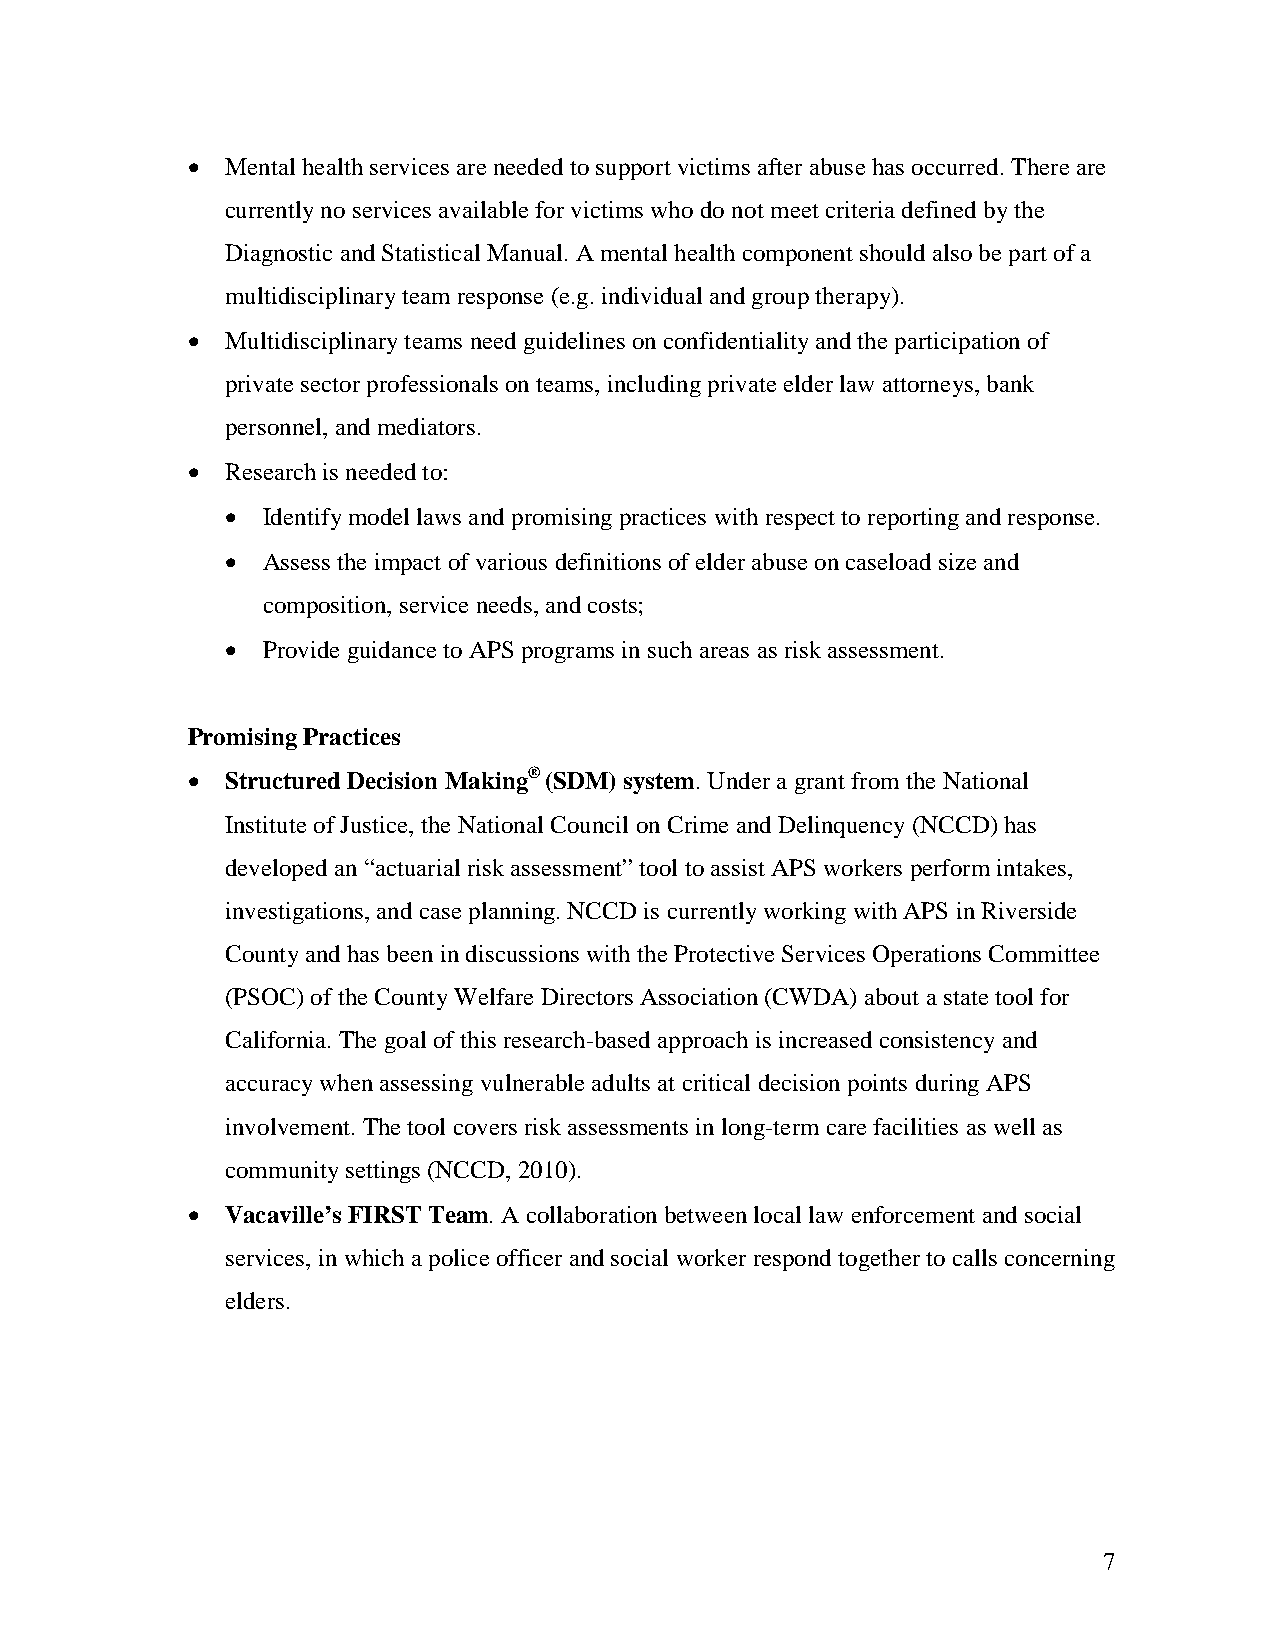
•  Mental health services are needed to support victims after abuse has occurred. There are
 currently no services available for victims who do not meet criteria defined by the
 Diagnostic and Statistical Manual. A mental health component should also be part of a
 multidisciplinary team response (e.g. individual and group therapy).
 •  Multidisciplinary teams need guidelines on confidentiality and the participation of
 private sector professionals on teams, including private elder law attorneys, bank
 personnel, and mediators.
 •  Research is needed to:
 • Identify model laws and promising practices with respect to reporting and response.
 • Assess the impact of various definitions of elder abuse on caseload size and
 composition, service needs, and costs;
 • Provide guidance to APS programs in such areas as risk assessment.
 Promising Practices
 •  Structured Decision Making® (SDM) system. Under a grant from the National
 Institute of Justice, the National Council on Crime and Delinquency (NCCD) has
 developed an “actuarial risk assessment” tool to assist APS workers perform intakes,
 investigations, and case planning. NCCD is currently working with APS in Riverside
 County and has been in discussions with the Protective Services Operations Committee
 (PSOC) of the County Welfare Directors Association (CWDA) about a state tool for
 California. The goal of this research-based approach is increased consistency and
 accuracy when assessing vulnerable adults at critical decision points during APS
 involvement. The tool covers risk assessments in long-term care facilities as well as
 community settings (NCCD, 2010).
 •  Vacaville’s FIRST Team. A collaboration between local law enforcement and social
 services, in which a police officer and social worker respond together to calls concerning
 elders.
 7